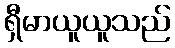
ရှီမာယူယူသည်